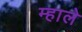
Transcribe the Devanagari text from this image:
म्हाले